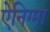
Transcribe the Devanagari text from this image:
ऐनिग्मा